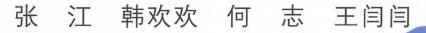
张江 韩欢欢 何志 王闫闫